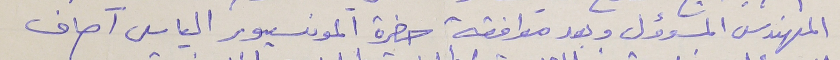
المهندس المسوؤل وبعد موافقة حضرة المونسيور الياس آصاف